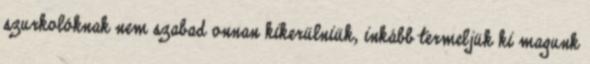
szurkolóknak nem szabad onnan kikerülniük, inkább termeljük ki magunk